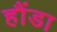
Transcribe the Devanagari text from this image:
हौंडा